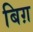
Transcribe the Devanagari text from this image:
बिग़